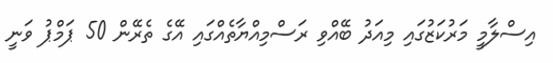
އިސްލާމީ މަރުކަޒުގައި މިއަދު ބޭއްވި ރަސްމިއްޔާތެއްގައި އޭގެ ތެރޭން 50 ޕަމްޕު ވަނީ